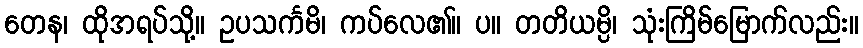
တေန၊ ထိုအရပ်သို့။ ဥပသင်္ကမိ၊ ကပ်လေ၏။ ပ။ တတိယမ္ပိ၊ သုံးကြိမ်မြောက်လည်း။